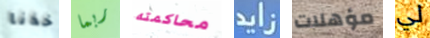
خذنا ربما محاكمته زايد مؤهلات لي